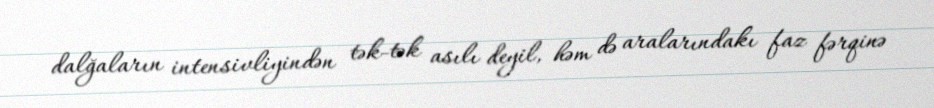
dalğaların intensivliyindən tək-tək asılı deyil, həm də aralarındakı faz fərqinə